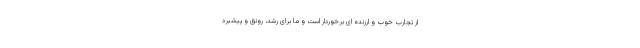
از تجارب خوب و ارزنده ای برخوردار است و ما برای رشد، رونق و پیشبرد